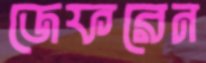
জেফরেন